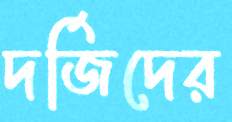
দর্জিদের